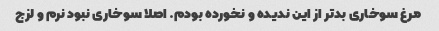
مرغ سوخاری بدتر از این ندیده و نخورده بودم. اصلا سوخاری نبود نرم و لزج